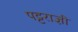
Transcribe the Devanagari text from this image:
पट्टराज्ञी